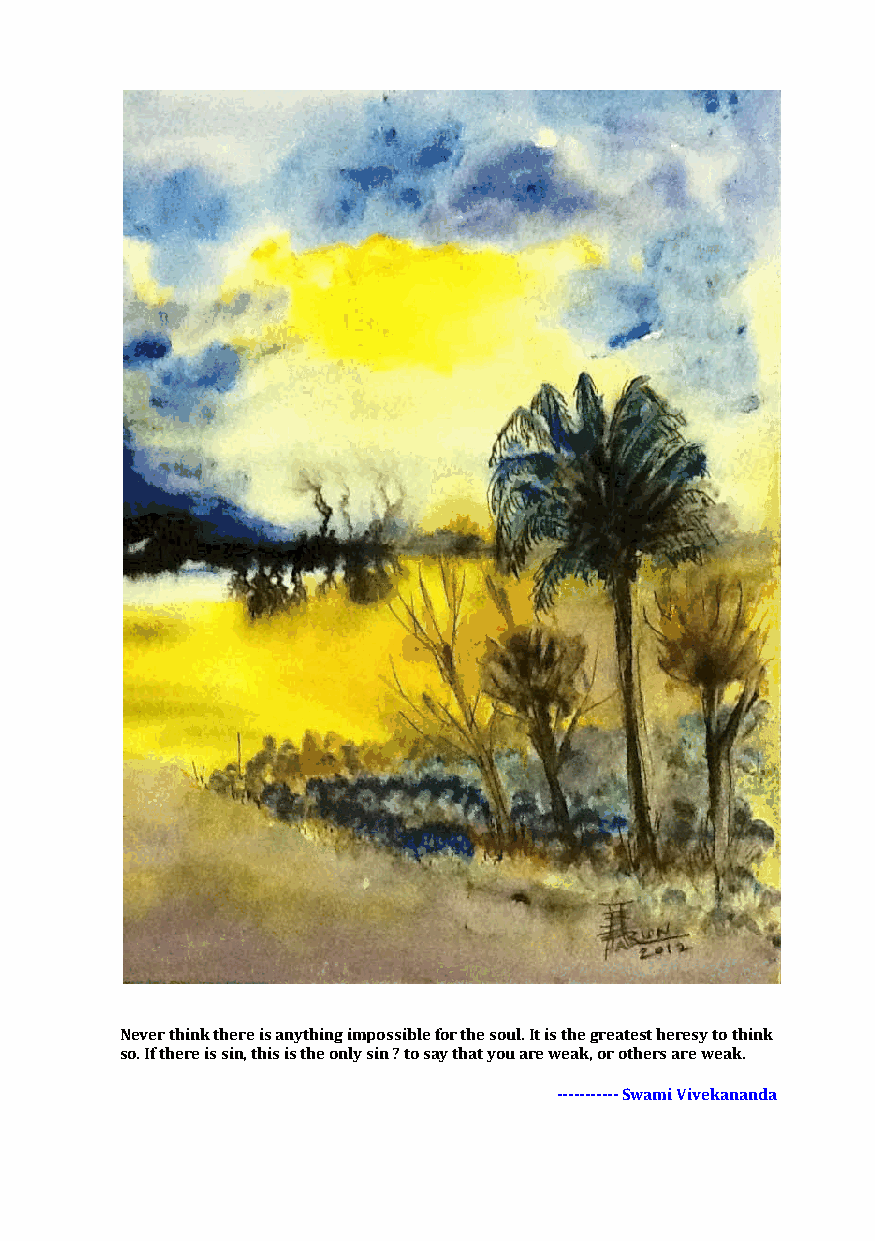
Never think there is anything impossible for the soul. It is the greatest heresy to think
 so. If there is sin, this is the only sin ? to say that you are weak, or others are weak.
 ----------- Swami Vivekananda